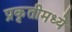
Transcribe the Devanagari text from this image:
प्रकृतीमध्येे